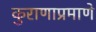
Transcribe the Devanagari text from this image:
कुराणाप्रमाणे